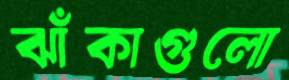
ঝাঁকাগুলো